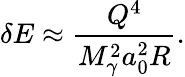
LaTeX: \delta E\approx\frac{Q^{4}}{M_{\gamma}^{2}a_{0}^{2}R}.